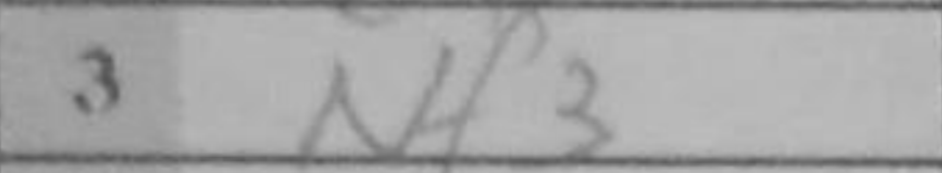
Transcription: Nf3